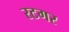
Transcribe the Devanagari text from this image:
रटगर